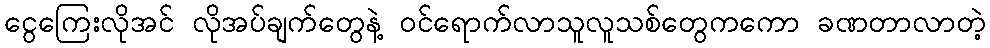
ငွေကြေးလိုအင် လိုအပ်ချက်တွေနဲ့ ဝင်ရောက်လာသူလူသစ်တွေကကော ခဏတာလာတဲ့